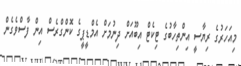
މިއަހަރުގެ ރިޔާސީ އިންތިހާބުގެ ޓިކެޓް އިބޫއަށް ދިނުމަށް އެމްޑީޕީގެ ކޮންގްރެސް އިން ފާސްވެގެން